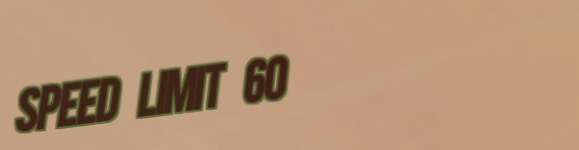
Speed Limit 60